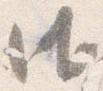
御